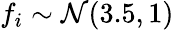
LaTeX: f_{i}\sim{\cal N}(3.5,1)